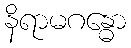
နိရာမဂန္ဓော